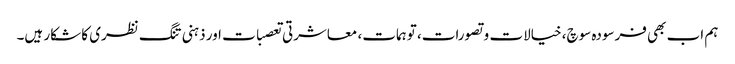
ہم اب بھی فرسودہ سوچ، خیالات و تصورات، توہمات، معاشرتی تعصبات اور ذہنی تنگ نظری کا شکار ہیں۔